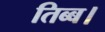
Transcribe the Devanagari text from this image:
तिब्ब।